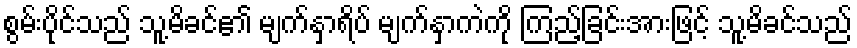
စွမ်းပိုင်သည် သူ့မိခင်၏ မျက်နှာရိပ် မျက်နှာကဲကို ကြည့်ခြင်းအားဖြင့် သူ့မိခင်သည်